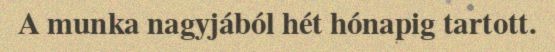
A munka nagyjából hét hónapig tartott.